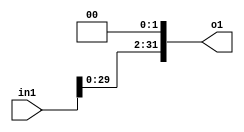
module sll (input [31:0]in1, output reg [31:0] o1  = 0);
  always@(*) 
   begin
    o1<=(in1<<2);
  end 
endmodule
/*module sll_testbench;
  reg [31:0] in1;
  wire[31:0] o1;
  sll module1(.in1(in1),.o1(o1));
  initial begin 
    in1 = 1;
    #10
    $display(o1);
  end
endmodule*/